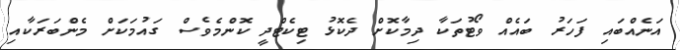
އަނެއްބައި ފަހަރު ބައެއް ވޯޓުތަކާ ދިމާކޮށް ދެކޮޅު ޓިކެޓްދީ ކޮންމެވެސް ގައުމަކަށް މެންބަރަކާއި